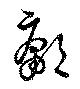
鄘